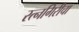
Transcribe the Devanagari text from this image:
रत्नगिरीचा